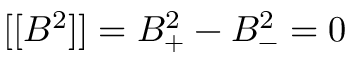
[ [ B ^ { 2 } ] ] = B _ { + } ^ { 2 } - B _ { - } ^ { 2 } = 0